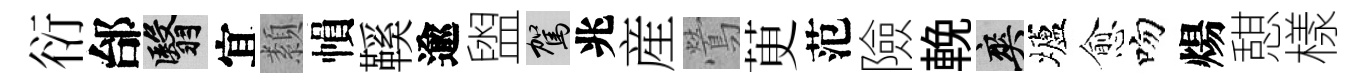
衍邰翳宜纇𢄙鞵逾盥駕兆産鶯茰范險輓爽壚愈吻煬憇樣